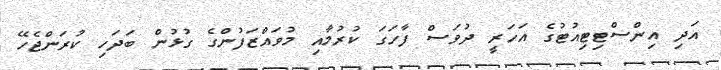
އަދި އިންސްޓިޓިއުޓުގެ އަހަރީ ދުވަސް ފާހަގަ ކުރުމާއި މުވައްޒަފުންގެ ގުޅުން ބަދަހި ކުރަންޖެހޭ